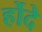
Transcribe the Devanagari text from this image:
र्होदे